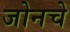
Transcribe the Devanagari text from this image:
जोनचे